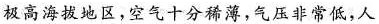
极高海拔地区，空气十分稀薄，气压非常低，人